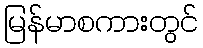
မြန်မာစကားတွင်